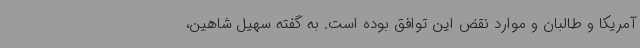
آمریکا و طالبان و موارد نقض این توافق بوده است. به گفته سهیل شاهین،